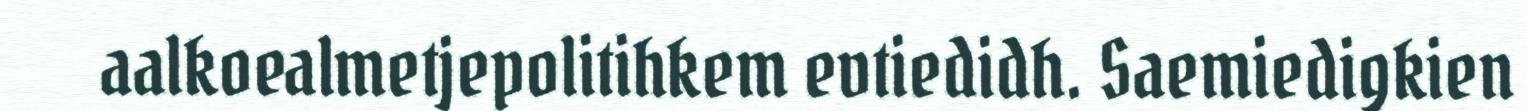
aalkoealmetjepolitihkem evtiedidh. Saemiedigkien